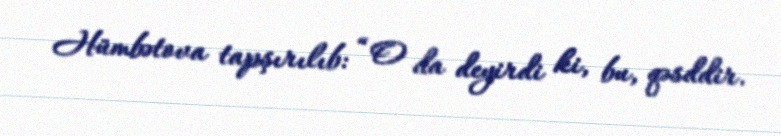
Hümbətova tapşırılıb: “O da deyirdi ki, bu, qəsddir.